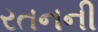
રતનની